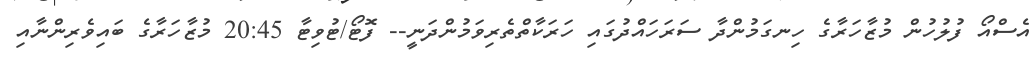
އެސްއޯ ފުލުހުން މުޒާހަރާގެ ހިނގަމުންދާ ސަރަހައްދުގައި ހަރަކާތްތެރިވަމުންދަނީ-- ފޮޓޯ/ޓުވިޓާ 20:45 މުޒާހަރާގެ ބައިވެރިންނާއި